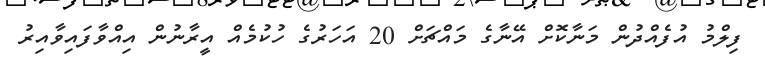
ފިލްމު އުފެއްދުން މަނާކޮށް އޭނާގެ މައްޗަށް 20 އަހަރުގެ ހުކުމެއް އީރާނުން އިއްވާފައިވާއިރު